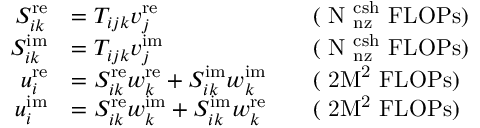
\begin{array} { r l r l } { S _ { i k } ^ { \mathrm { r e } } } & { = T _ { i j k } v _ { j } ^ { \mathrm { r e } } } & & { \mathrm { ( ~ N _ \mathrm { ~ n z } ^ \mathrm { ~ c s h } ~ F L O P s ) } } \\ { S _ { i k } ^ { \mathrm { i m } } } & { = T _ { i j k } v _ { j } ^ { \mathrm { i m } } } & & { \mathrm { ( ~ N _ \mathrm { ~ n z } ^ \mathrm { ~ c s h } ~ F L O P s ) } } \\ { u _ { i } ^ { \mathrm { r e } } } & { = S _ { i k } ^ { \mathrm { r e } } w _ { k } ^ { \mathrm { r e } } + S _ { i k } ^ { \mathrm { i m } } w _ { k } ^ { \mathrm { i m } } } & & { \mathrm { ( ~ 2 M ^ 2 ~ F L O P s ) } } \\ { u _ { i } ^ { \mathrm { i m } } } & { = S _ { i k } ^ { \mathrm { r e } } w _ { k } ^ { \mathrm { i m } } + S _ { i k } ^ { \mathrm { i m } } w _ { k } ^ { \mathrm { r e } } } & & { \mathrm { ( ~ 2 M ^ 2 ~ F L O P s ) } } \end{array}